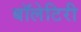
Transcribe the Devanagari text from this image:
बॉलेटिरी